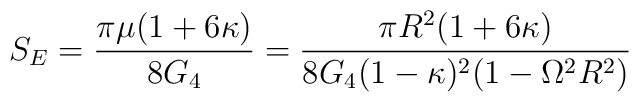
S_{E} = \frac{\pi\mu (1+ 6\kappa)}{8G_{4}} = \frac{\pi R^2 (1+  6\kappa)}{8G_{4}(1-\kappa)^2 (1 - \Omega^{2}R^{2})}